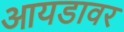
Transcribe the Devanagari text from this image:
आयडावर